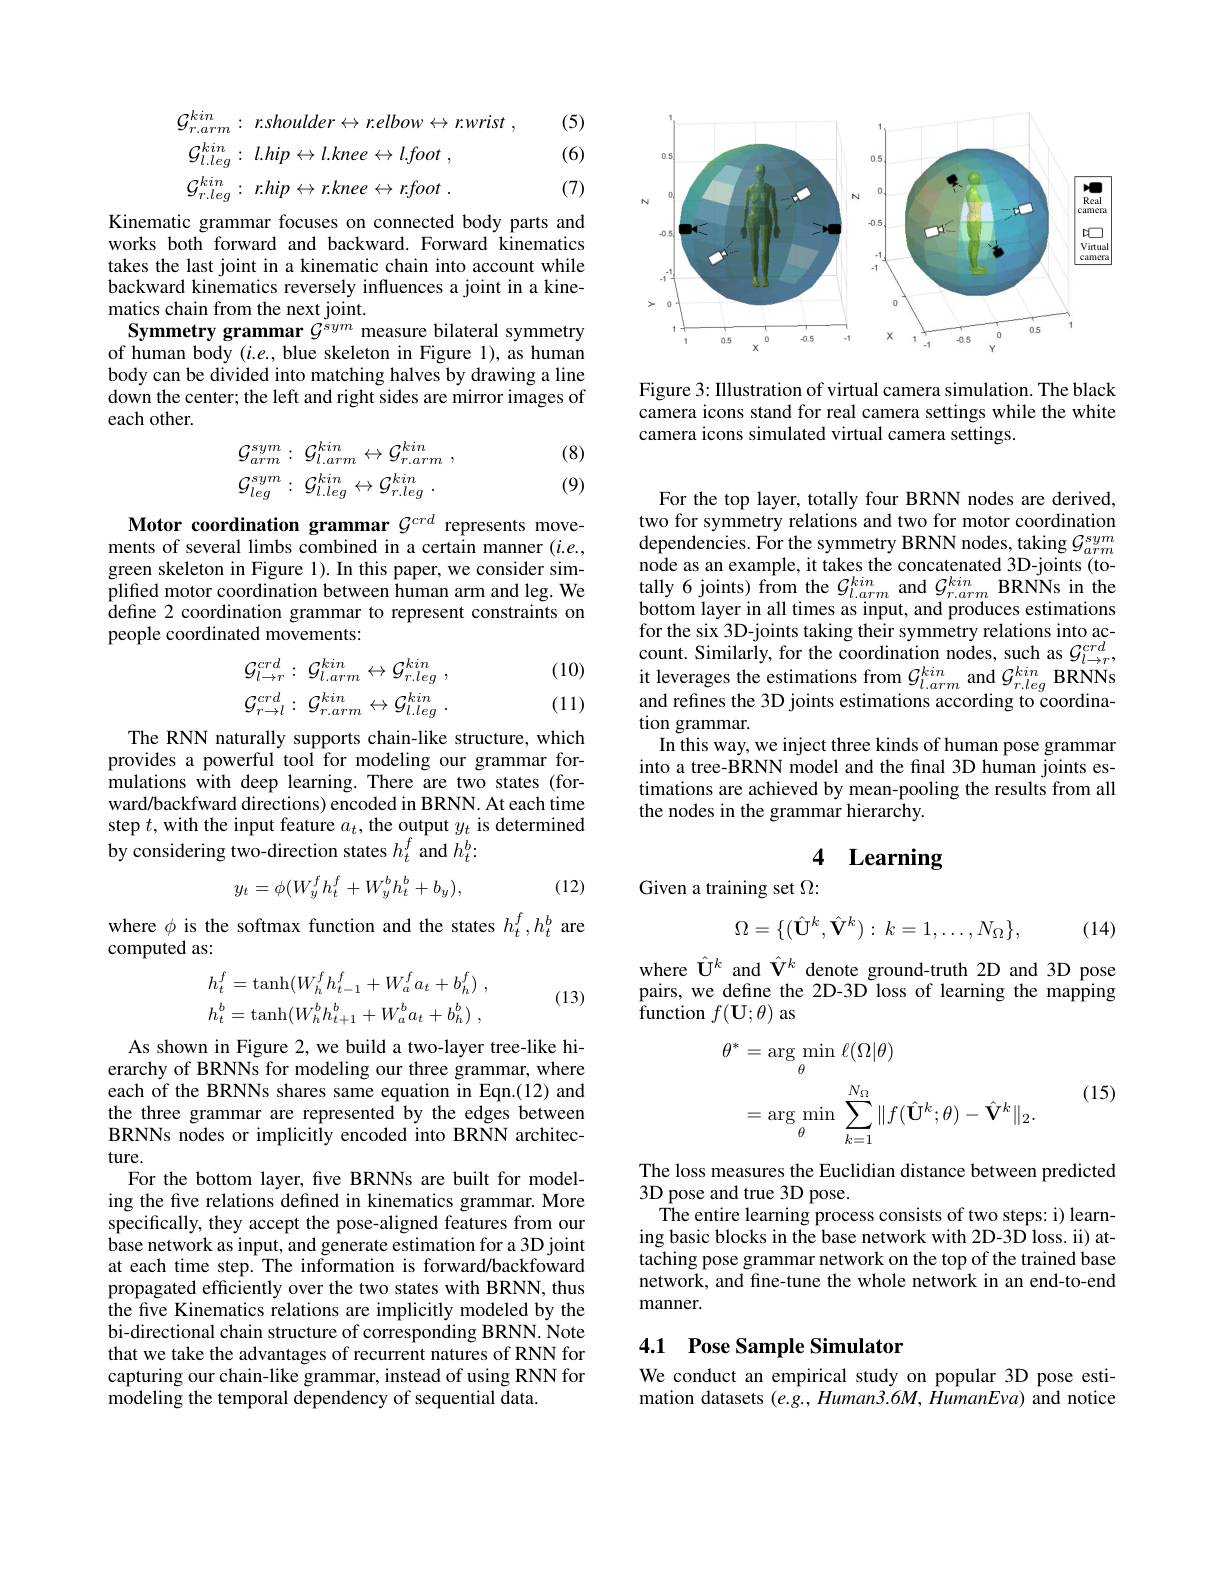
(5)
$$\begin{aligned}&\mathcal{G}_{r.arm}^{kin}:\:r.shoulder\leftrightarrow r.elbow\leftrightarrow r.wrist\:,\\&\mathcal{G}_{l.leg}^{kin}:\:l.hip\leftrightarrow l.knee\leftrightarrow l.foot\:,\\&\mathcal{G}_{r.leg}^{kin}:\:r.hip\leftrightarrow r.knee\leftrightarrow r.foot\:.\end{aligned}$$
(6)

(7)

Kinematic grammar focuses on connected body parts and works both forward and backward. Forward kinematics takes the last joint in a kinematic chain into account while backward kinematics reversely influences a joint in a kinematics chain from the next joint.
Symmetry grammar $G^{sym}$ measure bilateral symmetry of human body $(i.e.$, blue skeleton in Figure 1), as human body can be divided into matching halves by drawing a line down the center; the left and right sides are mirror images of each other.

(8)

(9)
$$\begin{array}{ll}\mathcal{G}_{arm}^{sym}:&\mathcal{G}_{l.arm}^{kin}\leftrightarrow\mathcal{G}_{r.arm}^{kin}\:,\\\mathcal{G}_{leg}^{sym}:&\mathcal{G}_{l.leg}^{kin}\leftrightarrow\mathcal{G}_{r.leg}^{kin}\:.\end{array}$$
Motor coordination grammar $\mathcal{G}^{crd}$ represents movements of several limbs combined in a certain manner $(i.e.$, green skeleton in Figure 1). In this paper, we consider simplified motor coordination between human arm and leg. We define 2 coordination grammar to represent constraints on people coordinated movements:

(10)
$$\mathcal{G}_{l\to r}^{crd}:\:\mathcal{G}_{l.arm}^{kin}\leftrightarrow\mathcal{G}_{r.leg}^{kin}\:,\\\mathcal{G}_{r\to l}^{crd}:\:\mathcal{G}_{r.arm}^{kin}\leftrightarrow\mathcal{G}_{l.leg}^{kin}\:.$$
(11)

The RNN naturally supports chain-like structure, which provides a powerful tool for modeling our grammar formulations with deep learning. There are two states (forward/backfward directions) encoded in BRNN. At each time step $t$,with the input feature $a_t$, the output $y_t$ is determined by considering two-direction states $h_t^f$ and $h_t^b:$
$$y_t=\phi(W_y^fh_t^f+W_y^bh_t^b+b_y),$$
(12)

where $\phi$ is the softmax function and the states $h_t^f,h_t^b$ are
computed as:
$$h_{t}^{f}=\mathrm{tanh}(W_{h}^{f}h_{t-1}^{f}+W_{a}^{f}a_{t}+b_{h}^{f})\:,\\h_{t}^{b}=\mathrm{tanh}(W_{h}^{b}h_{t+1}^{b}+W_{a}^{b}a_{t}+b_{h}^{b})\:,$$
(13)

As shown in Figure 2, we build a two-layer tree-like hierarchy of BRNNs for modeling our three grammar, where each of the BRNNs shares same equation in Eqn.(12) and the three grammar are represented by the edges between BRNNs nodes or implicitly encoded into BRNN architecture.
For the bottom layer, five BRNNs are built for modeling the five relations defined in kinematics grammar. More specifically, they accept the pose-aligned features from our base network as input, and generate estimation for a 3D joint at each time step. The information is forward/backfoward propagated efficiently over the two states with BRNN, thus the five Kinematics relations are implicitly modeled by the bi-directional chain structure of corresponding BRNN. Note that we take the advantages of recurrent natures of RNN for capturing our chain-like grammar, instead of using RNN for modeling the temporal dependency of sequential data.

<FigureHere>

Figure 3: Illustration of virtual camera simulation. The black camera icons stand for real camera settings while the white camera icons simulated virtual camera settings.

For the top layer, totally four BRNN nodes are derived, two for symmetry relations and two for motor coordination $\operatorname*{dependencies.}$For the symmetry BRNN nodes, taking $\mathcal{G}_arm^{sym}$ $\begin{array}{ll}{\mathrm{node~as~an~example,~it~takes~the~concatenated~3D-joints~(to-}\\{\mathrm{tally~6~joints)~from~the~}}}\mathcal{G}_{l.arm}^{kin}\mathrm{~and~}\mathcal{G}_{r.arm}^{kin}\mathrm{~BRNNs~in~the}\end{array}$ bottom layer in all times as input, and produces estimations for the six 3D-joints taking their symmetry relations into account. Similarly, for the coordination nodes, such as $\mathcal{G}_l\to r^{crd}$, $\begin{array}{l}{\text{it leverages the estimations from }\mathcal{G}_{l.arm}^{kin}\mathrm{~and~}\mathcal{G}_{r.leg}^{kin}\mathrm{~BRNNs}}\\{\text{and refines the 3D joints estimations according to coordina-}}\end{array}$ tion grammar.
In this way, we inject three kinds of human pose grammar into a tree-BRNN model and the final 3D human joints estimations are achieved by mean-pooling the results from all the nodes in the grammar hierarchy.

# 4 Learning

Given a training set $\Omega:$

(14)
$$\Omega=\{(\hat{\mathbf{U}}^{k},\hat{\mathbf{V}}^{k}):k=1,\dots,N_{\Omega}\},$$
where $\hat{\mathbf{U}}^k$ and $\hat{\mathbf{V}}^k$ denote ground-truth 2D and 3D pose pairs, we define the 2D-3D Ioss of learning the mapping ${\mathrm{function~}}f( \mathbf{U} ; \theta )$ as

(15)
$$\begin{aligned}\theta^{*}&=\arg\min_{\theta}\ell(\Omega|\theta)\\&=\arg\min_{\theta}\sum_{k=1}^{N_{\Omega}}\|f(\hat{\mathbf{U}}^{k};\theta)-\hat{\mathbf{V}}^{k}\|_{2}.\end{aligned}$$
The loss measures the Euclidian distance between predicted
3D pose and true 3D pose.
The entire learning process consists of two steps: i) learning basic blocks in the base network with 2D-3D loss. ii) attaching pose grammar network on the top of the trained base network, and fine-tune the whole network in an end-to-end manner.

# 4.1 Pose Sample Simulator

We conduct an empirical study on popular 3D pose estimation datasets $(e.g.,Human3.6M,HumanEva)$ and notice